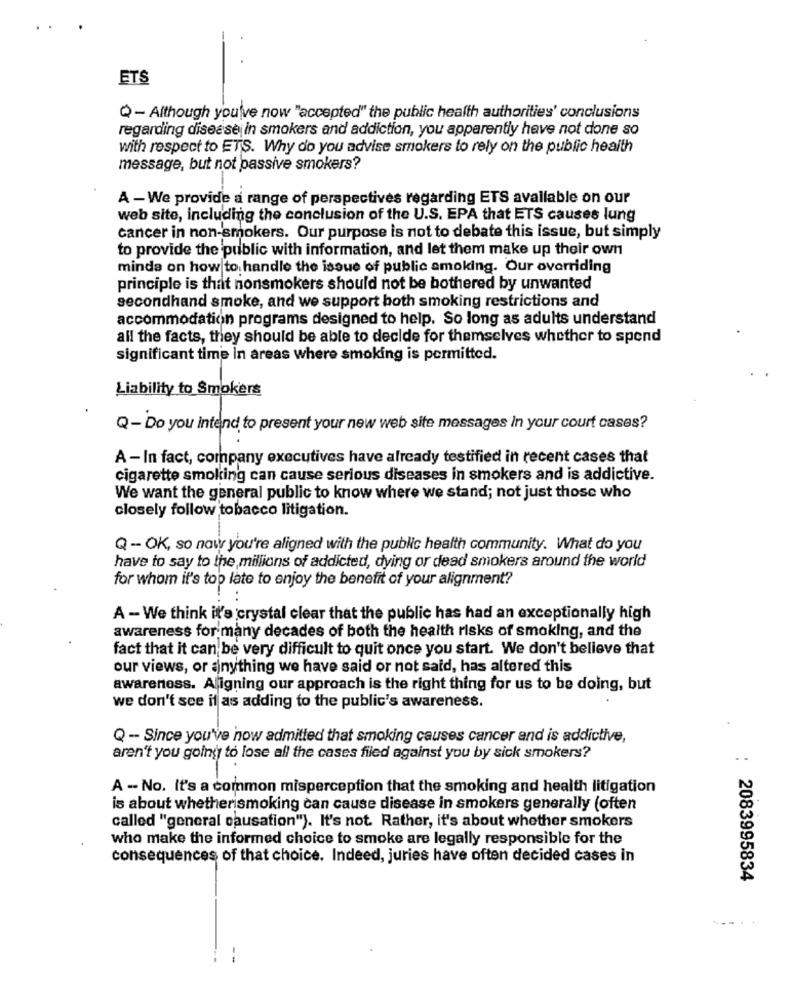
ETS
Q- Although you've now "accepted" the public health authorities' conclusions
regarding disease in smokers and addiction, you apparently have not done so
with respect to ETS. Why do you advise smokers to rely on the public health
message, but not passive smokers?
A - We provide a range of perspectives regarding ETS avallable on our
web site, including the conclusion of the U.S. EPA that ETS causes lung
cancer in non-smokers. Our purpose is not to debate this issue, but simply
to provide the public with information, and let them make up their own
minda on how to handle the issue of public smoking. Our overriding
principle is that nonsmokers should not be bothered by unwanted
secondhand smoke, and we support both smoking restrictions and
accommodation programs designed to help. So long as adults understand
all the facts, they should be able to decide for themselves whether to spend
significant time in areas where smoking is permitted.
Liability to Smokers
Q- Do you intend to present your new web site messages in your court cases?
A - In fact, company executives have already testified in recent cases that
cigarette smoking can cause serious diseases in smokers and is addictive.
We want the general public to know where we stand; not just those who
closely follow tobacco litigation.
Q - OK, so now you're aligned with the public health community. What do you
have to say to the millions of addicted, dying or dead smokers around the world
for whom it's top late to enjoy the benefit of your alignment?
A - We think it's crystal clear that the public has had an exceptionally high
awareness for many decades of both the health risks of smoking, and the
fact that it can be very difficult to quit once you start. We don't believe that
our views, or anything we have said or not said, has altered this
awareness. Aligning our approach is the right thing for us to be doing, but
we don't see if as adding to the public's awareness.
Q - Since you've now admitted that smoking causes cancer and is addictive,
aren't you going to lose all the cases filed against you by sick smokers?
A - No. It's a common misperception that the smoking and health litigation
is about whetherismoking can cause disease in smokers generally (often
called "general causation"). It's not. Rather, it's about whether smokers
who make the informed choice to smoke are legally responsible for the
consequences of that choice. Indeed, juries have often decided cases in
: 2083995834
--